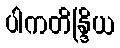
ပါကတိန္ဒြိယ